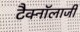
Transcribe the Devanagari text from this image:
टैक्नॉलाजी